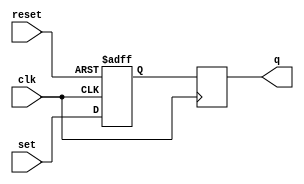
module sr_flip_flop (
    input wire clk,
    input wire reset,
    input wire set,
    output reg q
);

reg d1, d2;

always @(posedge clk or posedge reset) begin
    if (reset)
        d1 <= 1'b0;
    else
        d1 <= set;

end

always @(posedge clk) begin
    d2 <= d1;
end

assign q = d2;

endmodule